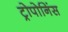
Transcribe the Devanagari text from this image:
ट्रोपोनिंस